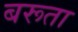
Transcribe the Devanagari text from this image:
बरूता